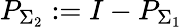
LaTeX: P_{\Sigma_{2}}:=I-P_{\Sigma_{1}}